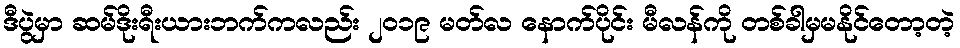
ဒီပွဲမှာ ဆမ်ဒိုးရီးယားဘက်ကလည်း ၂၀၁၉ မတ်လ နောက်ပိုင်း မီလန်ကို တစ်ခါမှမနိုင်တော့တဲ့